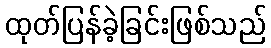
ထုတ်ပြန်ခဲ့ခြင်းဖြစ်သည်